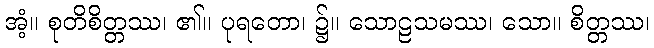
အံ့။ စုတိစိတ္တဿ၊ ၏။ ပုရတော၊ ၌။ သောဠသမဿ၊ သော။ စိတ္တဿ၊